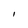
Character: I